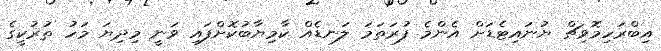
އިބްރަހިމޮވިޗް ޔުނައިޓެޑަށް އެންމެ ފުރަތަމަ ލަނޑެއް ކާމިޔާބުކޮށްފައި ވަނީ މިދިޔަ މަހު ތުރުކީގެ